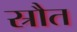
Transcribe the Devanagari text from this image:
स्रौत